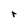
Character: r